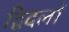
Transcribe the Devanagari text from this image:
द्विदलों